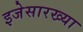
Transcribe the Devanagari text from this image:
इजेसारख्या